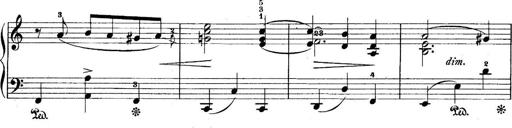
Title: 5 Sonatinas
Composer: Theodor Kirchner